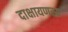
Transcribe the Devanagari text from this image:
दाक्षायणस्य